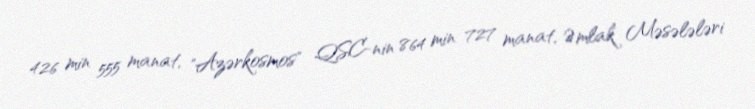
426 min 555 manat, "Azərkosmos" QSC-nin 864 min 727 manat, Əmlak Məsələləri